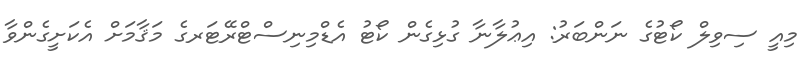
މިއީ ސިވިލް ކޯޓުގެ ނަންބަރު: އިޢުލާނާ ގުޅިގެން ކޯޓު އެޑްމިނިސްޓްރޭޓަރގެ މަޤާމަށް އެކަށީގެންވާ